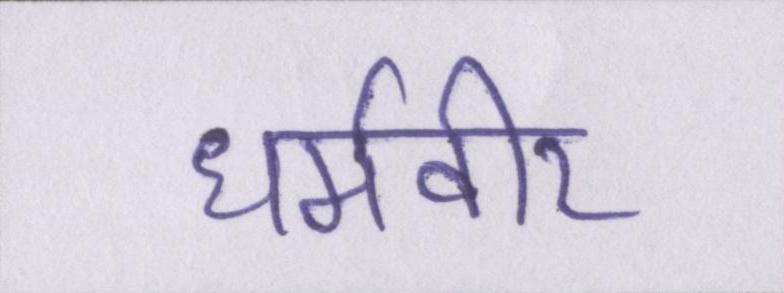
धर्मवीर